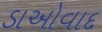
ડાઓવાદ